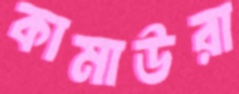
কামাউরা